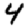
Digit: 4